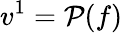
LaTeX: v^{1}=\mathcal{P}(f)